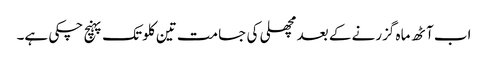
اب آٹھ ماہ گزرنے کے بعد مچھلی کی جسامت تین کلو تک پہنچ چکی ہے۔